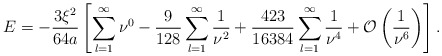
\begin{align*}E=- \frac{3\xi ^2}{64 a} \left [\sum_{l=1}^{\infty } \nu^0-\frac{9}{128}\sum_{l=1}^{\infty}\frac{1}{\nu ^2} +\frac{423}{16384}\sum_{l=1}^{\infty}\frac{1}{\nu^4}+ {\cal O}\left (\frac{1}{\nu ^6}\right )\right ]{.}\end{align*}